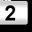
Digit: 2